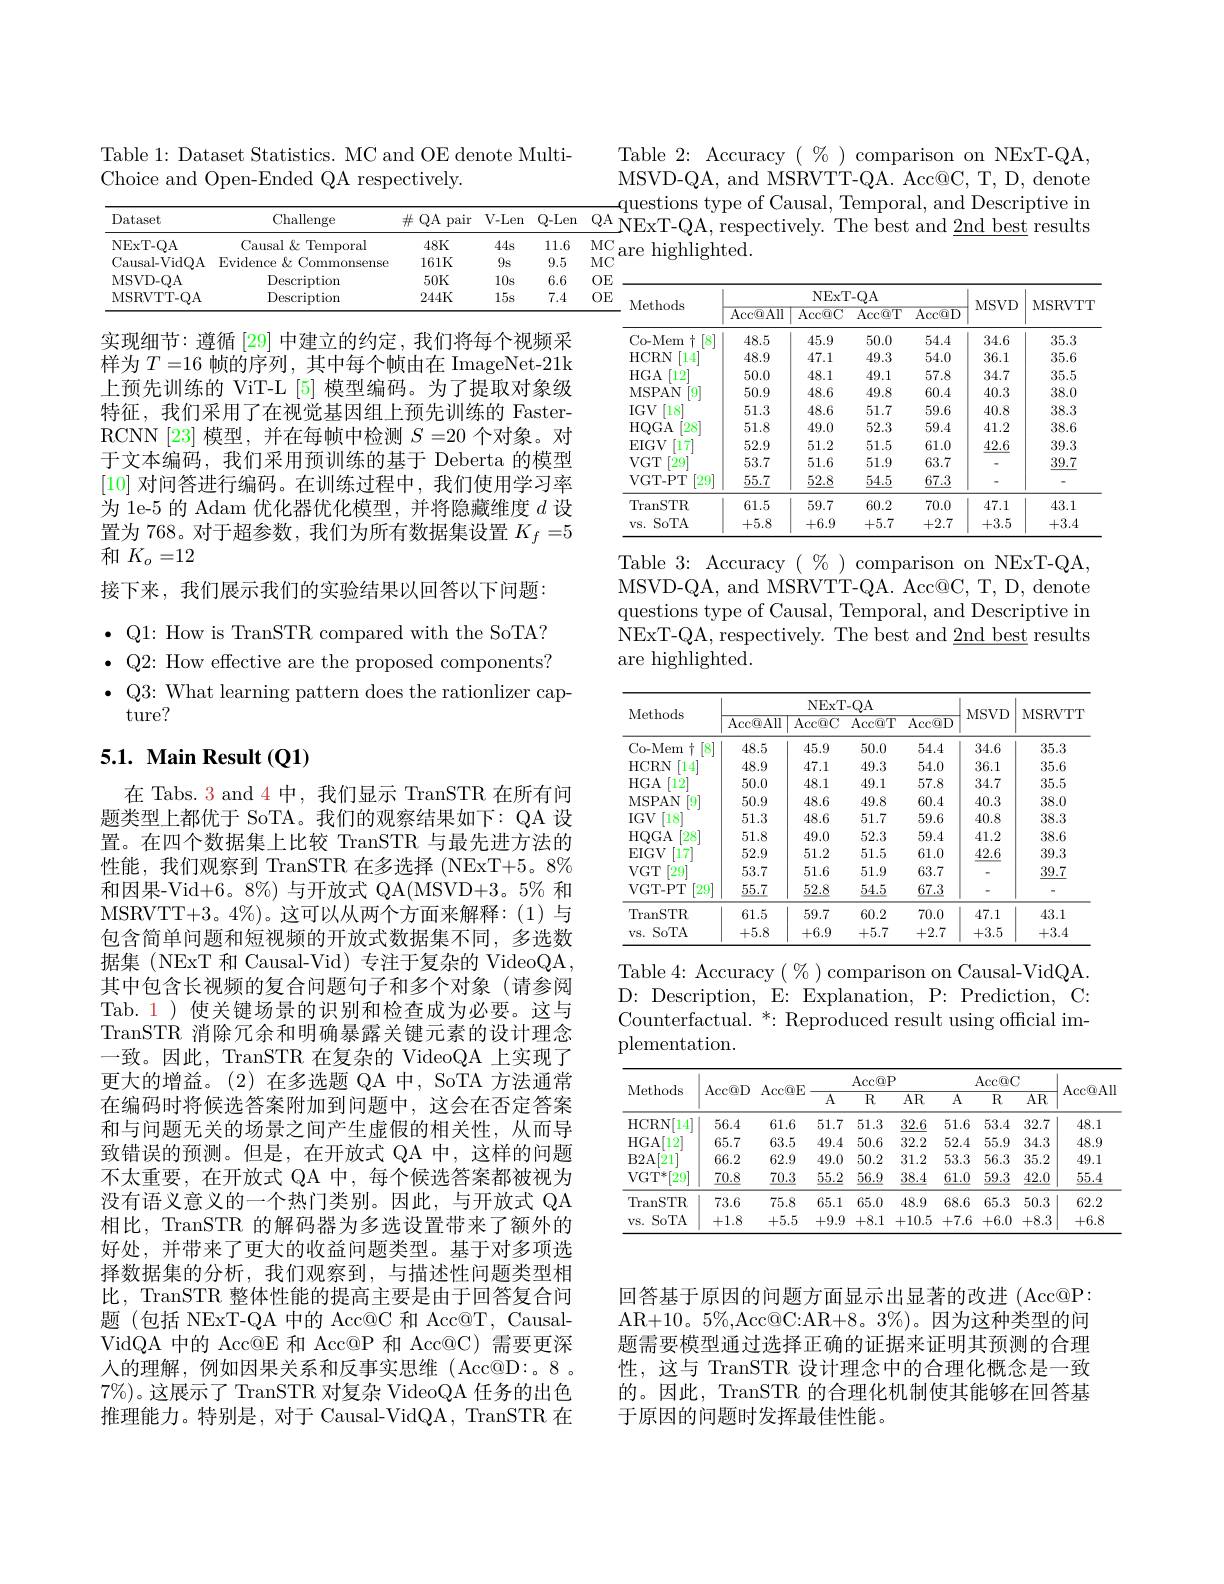
Table 1: Dataset Statistics. MC and OE denote Multi-
Choice and Open-Ended QA respectively.

Table 2: Accuracy $(\begin{array}{c}\%\end{array})$ comparison on NExT-QA, MSVD-QA, and MSRVTT-QA. Acc@C, T, D, denote
$\sin$
<table>
	<tbody>
		<tr>
			<th rowspan="4">Dataset NExT- QA Causal-VidQA MSVD- QA m - T</th>
			<th>Challenge</th>
			<th>$\#$QA pair</th>
			<th>V-Len</th>
			<th>$Q-Len$</th>
			<th>$QA$</th>
			<th>VFxT- OA ectivelv</th>
			<th> </th>
			<th>tivelv The best $t_{\mathrm{~and}}$ 6 </th>
			<th> </th>
			<th> </th>
		</tr>
		<tr>
			<th>Causal& Temporal</th>
			<th>$48K$</th>
			<th>44s</th>
			<th>11.6</th>
			<th>$MC$</th>
			<th>hiohliohted</th>
			<th>hichlic 'p</th>
			<th> </th>
			<th> </th>
			<th> </th>
		</tr>
		<tr>
			<th>Evidence & Commonsense</th>
			<th>161K</th>
			<th>9s</th>
			<th>9.5</th>
			<th>$MC$</th>
			<th> </th>
			<th>$^{(1,1)}{\textcircled{1}}^{(1,1)}{\textcircled{1}}^{(1,1)}$</th>
			<th> </th>
			<th> </th>
			<th> </th>
		</tr>
		<tr>
			<th>Description</th>
			<th>$50K$</th>
			<th>10s</th>
			<th>6.6</th>
			<th>$OE$</th>
			<th> </th>
			<th> </th>
			<th> </th>
			<th> </th>
			<th> </th>
		</tr>
		<tr>
			<td>MSRVTT- QA</td>
			<td>Descriptiom</td>
			<td>244K</td>
			<td>15s</td>
			<td>7.4</td>
			<td>$OE$</td>
			<td>NExT</td>
			<td> </td>
			<td>NExT- QA</td>
			<td>TA C</td>
			<td>TO</td>
		</tr>
	</tbody>
</table>

<table>
	<tbody>
		<tr>
			<th rowspan="2">Methods</th>
			<th colspan="4">NExT- QA</th>
			<th rowspan="2">MSVD</th>
			<th rowspan="2">MSRVTT</th>
		</tr>
		<tr>
			<th>$\overline{\mathrm{Acc@All}}$</th>
			<th>$\overline{\mathrm{Acc@C}}$</th>
			<th>$\operatorname{Acc@T}$</th>
			<th>$\operatorname{Acc@D}$</th>
		</tr>
		<tr>
			<td>$[8^{-}$ Co- Mem +</td>
			<td>48.5</td>
			<td>45.9</td>
			<td>50.0</td>
			<td>54.4</td>
			<td>34.6</td>
			<td>35.3</td>
		</tr>
		<tr>
			<td>HCRN 14</td>
			<td>48.9</td>
			<td>47.1</td>
			<td>49.3</td>
			<td>54.0</td>
			<td>36.1</td>
			<td>35.6</td>
		</tr>
		<tr>
			<td>$HGA$ $12^{\cdot}$</td>
			<td>50.0</td>
			<td>48.1</td>
			<td>49.1</td>
			<td>57.8</td>
			<td>34.7</td>
			<td>35.5</td>
		</tr>
		<tr>
			<td>MSPAN $\dot{9}$</td>
			<td>50.9</td>
			<td>48.6</td>
			<td>49.8</td>
			<td>60.4</td>
			<td>40.3</td>
			<td>38.0</td>
		</tr>
		<tr>
			<td>$IGV$ 18</td>
			<td>51.3</td>
			<td>48.6</td>
			<td>51.7</td>
			<td>59.6</td>
			<td>40.8</td>
			<td>38.3</td>
		</tr>
		<tr>
			<td>[28 HQGA</td>
			<td>51.8</td>
			<td>49.0</td>
			<td>52.3</td>
			<td>59.4</td>
			<td>41.2</td>
			<td>38.6</td>
		</tr>
		<tr>
			<td>$EIGV$ [17]</td>
			<td>52.9</td>
			<td>51.2</td>
			<td>51.5</td>
			<td>61.0</td>
			<td>42.6</td>
			<td>39.3</td>
		</tr>
		<tr>
			<td>$VGT$ [29]</td>
			<td>53.7</td>
			<td>51.6</td>
			<td>51.9</td>
			<td>63.7</td>
			<td> </td>
			<td>39.7</td>
		</tr>
		<tr>
			<td>[29] $VGT-PT$</td>
			<td>$\underline{55.7}$</td>
			<td>$\underline{52.8}$</td>
			<td>$\underline{54.5}$</td>
			<td>$\underline{67.3}$</td>
			<td> </td>
			<td> </td>
		</tr>
		<tr>
			<td>TranSTR</td>
			<td>61.5</td>
			<td>59.7</td>
			<td>60.2</td>
			<td>70.0</td>
			<td>47.1</td>
			<td>43.1</td>
		</tr>
		<tr>
			<td>SoTA $VS.$</td>
			<td>+5.8</td>
			<td>+6.9</td>
			<td>+5.7</td>
			<td>+2.7</td>
			<td>+3.5</td>
			<td>+3.4</td>
		</tr>
	</tbody>
</table>

实现细节：遵循[29]中建立的约定，我们将每个视频采样为$T=16$帧的序列，其中每个帧由在 ImageNet-21k 上预先训练的 ViT-L [5] 模型编码。为了提取对象级特征，我们采用了在视觉基因组上预先训练的 FasterRCNN [23] 模型，并在每帧中检测$S=20$个对象。对于文本编码，我们采用预训练的基于 Deberta 的模型[10]对问答进行编码。在训练过程中，我们使用学习率为 1e-5 的 Adam 优化器优化模型，并将隐藏维度$d$设置为 768。对于超参数，我们为所有数据集设置$K_f=5$ 和$K_o=12$
接下来，我们展示我们的实验结果以回答以下问题： $\bullet$ Q1: How is TranSTR compared with the SoTA? $\bullet$ Q2: How effective are the proposed components? $\bullet$ Q3: What learning pattern does the rationlizer cap-
ture?

Table 3:Accuracy$(\%)$comparisononNExT-QA, MSVD-QA, and MSRVTT-QA. Acc@C, T, D, denote questions type of Causal, Temporal, and Descriptive in $\dot{\mathrm{NExT-QA,~respectively.~The~best~and~2nd~best~results}}$ are highlighted.

## 5.1. Main Result (Q1)

<table>
	<tbody>
		<tr>
			<th rowspan="2">Methods</th>
			<th colspan="4">NExT- QA</th>
			<th rowspan="2">MSVD</th>
			<th rowspan="2">MSRVTT</th>
		</tr>
		<tr>
			<th>$\operatorname{Acc}\textcircled {Q}$All</th>
			<th>$\operatorname{Acc@C}$</th>
			<th>Acc@ T</th>
			<th>Acc@ D</th>
		</tr>
		<tr>
			<td>Co-Mem [8 十</td>
			<td>48.5</td>
			<td>45.9</td>
			<td>50.0</td>
			<td>54.4</td>
			<td>34.6</td>
			<td>35.3</td>
		</tr>
		<tr>
			<td>[14] HCRN</td>
			<td>48.9</td>
			<td>47.1</td>
			<td>49.3</td>
			<td>54.0</td>
			<td>36.1</td>
			<td>35.6</td>
		</tr>
		<tr>
			<td>$HGA$ $12^{\cdot}$</td>
			<td>50.0</td>
			<td>48.1</td>
			<td>49.1</td>
			<td>57.8</td>
			<td>34.7</td>
			<td>35.5</td>
		</tr>
		<tr>
			<td>[9] MSPAN</td>
			<td>50.9</td>
			<td>48.6</td>
			<td>49.8</td>
			<td>60.4</td>
			<td>40.3</td>
			<td>38.0</td>
		</tr>
		<tr>
			<td>$IGV$ $18^{\cdot}$</td>
			<td>51.3</td>
			<td>48.6</td>
			<td>51.7</td>
			<td>59.6</td>
			<td>40.8</td>
			<td>38.3</td>
		</tr>
		<tr>
			<td>HQGA [28]</td>
			<td>51.8</td>
			<td>49.0</td>
			<td>52.3</td>
			<td>59.4</td>
			<td>41.2</td>
			<td>38.6</td>
		</tr>
		<tr>
			<td>$\operatorname{EIGV}$ 17</td>
			<td>52.9</td>
			<td>51.2</td>
			<td>51.5</td>
			<td>61.0</td>
			<td>42.6</td>
			<td>39.3</td>
		</tr>
		<tr>
			<td>$VGT$ [29]</td>
			<td>53.7</td>
			<td>51.6</td>
			<td>51.9</td>
			<td>63.7</td>
			<td> </td>
			<td>39.7</td>
		</tr>
		<tr>
			<td>$VGT-PT$ [29]</td>
			<td>$\underline{55.7}$</td>
			<td>$\underline{52.8}$</td>
			<td>$\underline{54.5}$</td>
			<td>$\underline{67.3}$</td>
			<td> </td>
			<td> </td>
		</tr>
		<tr>
			<td>TranSTR</td>
			<td>61.5</td>
			<td>59.7</td>
			<td>60.2</td>
			<td>70.0</td>
			<td>47.1</td>
			<td>43.1</td>
		</tr>
		<tr>
			<td>SoTA $vS.$</td>
			<td>+5.8</td>
			<td>+6.9</td>
			<td>+5.7</td>
			<td>+2.7</td>
			<td>+3.5</td>
			<td>+3.4</td>
		</tr>
	</tbody>
</table>

Table 4: Accuracy $(\%)$ comparison on Causal-VidQA. D: Description, E: Explanation, P: Prediction, C: Counterfactual. $^*:$ Reproduced result using official implementation.

在 Tabs. 3 and 4 中，我们显示 TranSTR 在所有问题类型上都优于 SoTA。我们的观察结果如下：QA 设置。在四个数据集上比较 TranSTR 与最先进方法的性能，我们观察到 TranSTR 在多选择 (NExT+5。8% 和因果-Vid+6。8%) 与开放式 QA(MSVD+3。5% 和MSRVTT+3。4%)。这可以从两个方面来解释：(1)与包含简单问题和短视频的开放式数据集不同，多选数据集 (NExT 和 Causal-Vid) 专注于复杂的 VideoQA , 其中包含长视频的复合问题句子和多个对象(请参阅Tab. 1 ) 使关键场景的识别和检查成为必要。这与TranSTR 消除冗余和明确暴露关键元素的设计理念一致。因此，TranSTR 在复杂的 VideoQA 上实现了更大的增益。(2)在多选题 QA 中，SoTA 方法通常在编码时将候选答案附加到问题中，这会在否定答案和与问题无关的场景之间产生虚假的相关性，从而导致错误的预测。但是，在开放式 QA 中，这样的问题不太重要，在开放式 QA 中，每个候选答案都被视为没有语义意义的一个热门类别。因此，与开放式 QA 相比，TranSTR 的解码器为多选设置带来了额外的好处，并带来了更大的收益问题类型。基于对多项选择数据集的分析，我们观察到，与描述性问题类型相比，TranSTR 整体性能的提高主要是由于回答复合问题(包括 NExT-QA 中的 Acc@C 和 Acc@T, CausalVidQA 中的 Acc@E 和 Acc@P 和 Acc@C) 需要更深入的理解，例如因果关系和反事实思维(Acc@D:。8。$7\%)$。这展示了 TranSTR 对复杂 VideoQA 任务的出色推理能力。特别是，对于 Causal-VidQA, TranSTR 在

<table>
	<tbody>
		<tr>
			<th rowspan="2">Methods</th>
			<th rowspan="2">Acc@ D</th>
			<th rowspan="2">Acc@ E</th>
			<th colspan="3">Acc@ P</th>
			<th colspan="3">Acc@ C</th>
			<th rowspan="2">$\operatorname{Acc}\textcircled{\mathrm{Q}}$All</th>
		</tr>
		<tr>
			<th>$\overline{A}$</th>
			<th>$\overline{R}$</th>
			<th>$\overline{\mathrm{AR}}$</th>
			<th>$\overline{A}$</th>
			<th>$\overline{\mathrm{R}}$</th>
			<th>$\overline{\mathrm{AR}}$</th>
		</tr>
		<tr>
			<td>HCRN[ 14] </td>
			<td>56.4</td>
			<td>61.6</td>
			<td>51.7</td>
			<td>51.3</td>
			<td>32.6</td>
			<td>51.6</td>
			<td>53.4</td>
			<td>32.7</td>
			<td>48.1</td>
		</tr>
		<tr>
			<td>HGA $[12^{.}]$</td>
			<td>65.7</td>
			<td>63.5</td>
			<td>49.4</td>
			<td>50.6</td>
			<td>32.2</td>
			<td>52.4</td>
			<td>55.9</td>
			<td>34.3</td>
			<td>48.9</td>
		</tr>
		<tr>
			<td>$B2A$ [21</td>
			<td>66.2</td>
			<td>62.9</td>
			<td>49.0</td>
			<td>50.2</td>
			<td>31.2</td>
			<td>53.3</td>
			<td>56.3</td>
			<td>35.2</td>
			<td>49.1</td>
		</tr>
		<tr>
			<td>VG$T^{* }$[ 29] 1 1</td>
			<td>$\underline{70.8}$</td>
			<td>$\underline{70.3}$</td>
			<td>$\underline{55.2}$</td>
			<td>$\underline{56.9}$</td>
			<td>$\underline{38.4}$</td>
			<td>$\underline{61.0}$</td>
			<td>$\underline{59.3}$</td>
			<td>$\underline{42.0}$</td>
			<td>55.4</td>
		</tr>
		<tr>
			<td>TranSTR</td>
			<td>73.6</td>
			<td>75.8</td>
			<td>65.1</td>
			<td>65.0</td>
			<td>48.9</td>
			<td>68.6</td>
			<td>65.3</td>
			<td>50.3</td>
			<td>62.2</td>
		</tr>
		<tr>
			<td>SoTA $VS.$</td>
			<td>+1.8</td>
			<td>+5.5</td>
			<td>+9.9</td>
			<td>+8.1</td>
			<td>+10.5</td>
			<td>+7.6</td>
			<td>+6.0</td>
			<td>+8.3</td>
			<td>+6.8</td>
		</tr>
	</tbody>
</table>

回答基于原因的问题方面显示出显著的改进 (Acc@P: AR+10。5%,Acc@C:AR+8。3%)。因为这种类型的问题需要模型通过选择正确的证据来证明其预测的合理性，这与 TranSTR 设计理念中的合理化概念是一致的。因此，TranSTR 的合理化机制使其能够在回答基于原因的问题时发挥最佳性能